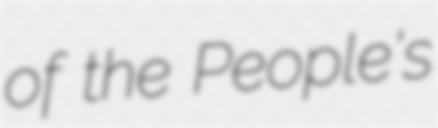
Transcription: of the People's